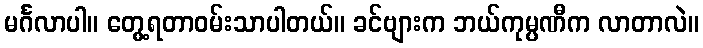
မင်္ဂလာပါ။ တွေ့ရတာဝမ်းသာပါတယ်။ ခင်ဗျားက ဘယ်ကုမ္ပဏီက လာတာလဲ။